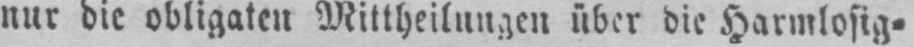
nur die obligaten Mittheilungen über die Harmlosig⸗